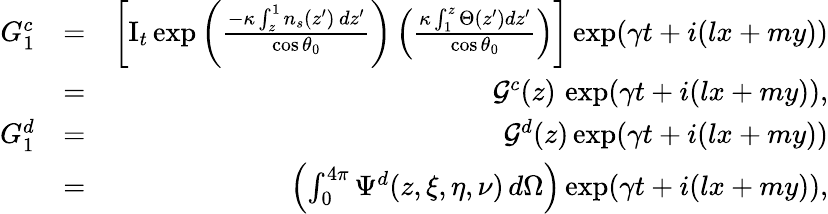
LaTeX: \begin{array}{rlr}{G_{1}^{c}}&{=}&{\left[\mathrm{I}_{t}\exp\left(\frac{-\kappa\int_{z}^{1}n_{s}(z^{\prime})\, dz^{\prime}}{\cos{\theta_{0}}}\right)\left(\frac{\kappa\int_{1}^{z}\Theta(z^{\prime})dz^{\prime}}{\cos{\theta_{0}}}\right)\right]\exp(\gamma t+i(lx+my))}\\ &{=}&{\mathcal{G}^{c}(z)\, \exp(\gamma t+i(lx+my)),}\\ {G_{1}^{d}}&{=}&{\mathcal{G}^{d}(z)\exp(\gamma t+i(lx+my))}\\ &{=}&{\left(\int_{0}^{4\pi}\Psi^{d}(z,\xi,\eta,\nu)\, d\Omega\right)\exp(\gamma t+i(lx+my)),}\end{array}